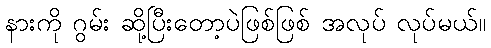
နားကို ဂွမ်း ဆို့ပြီးတော့ပဲဖြစ်ဖြစ် အလုပ် လုပ်မယ်။